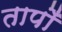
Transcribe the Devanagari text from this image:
तापोँ